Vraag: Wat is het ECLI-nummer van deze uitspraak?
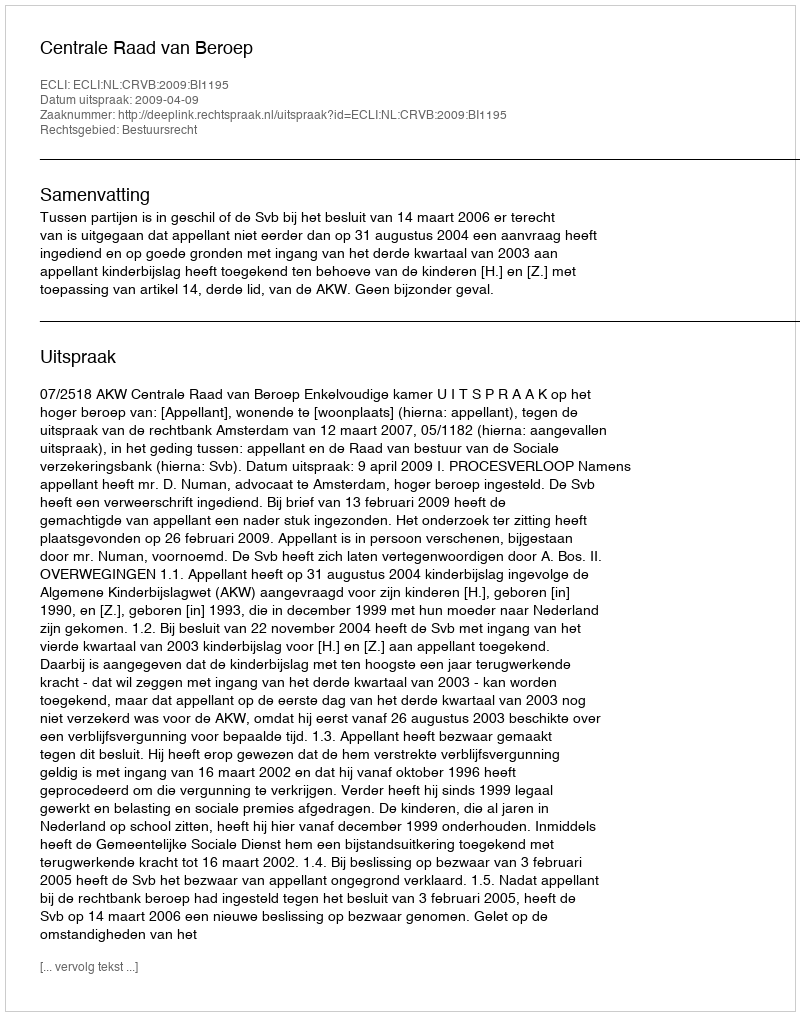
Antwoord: ECLI:NL:CRVB:2009:BI1195